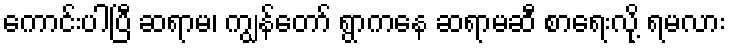
ကောင်းပါပြီ ဆရာမ၊ ကျွန်တော် ရွာကနေ ဆရာမဆီ စာရေးလို့ ရမလား